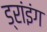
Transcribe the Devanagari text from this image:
ड्रांइंग